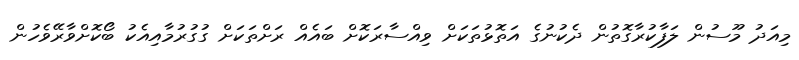
މިއަދު މޫސުން ލަފާކުރާގޮތުން ދެކުނުގެ އަތޮޅުތަކަށް ވިއްސާރަކޮށް ބައެއް ރަށްތަކަށް ގުގުރުމާއިއެކު ބޯކޮށްވާރޭވެހުން